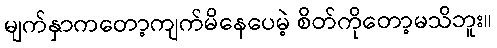
မျက်နှာကတော့ကျက်မိနေပေမဲ့ စိတ်ကိုတော့မသိဘူး။